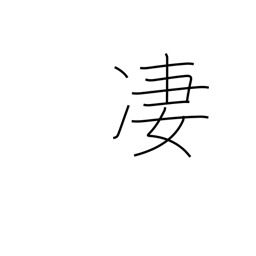
Meaning: horrible